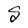
Character: S